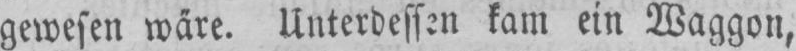
kam ein Waggon,